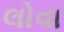
લોવા